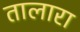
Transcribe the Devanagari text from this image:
तालारा